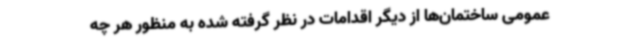
عمومی ساختمان‌ها از دیگر اقدامات در نظر گرفته شده به منظور هر چه